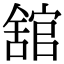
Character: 舘